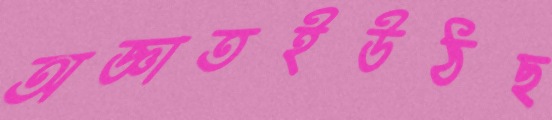
অজ্ঞাতইউঠছ